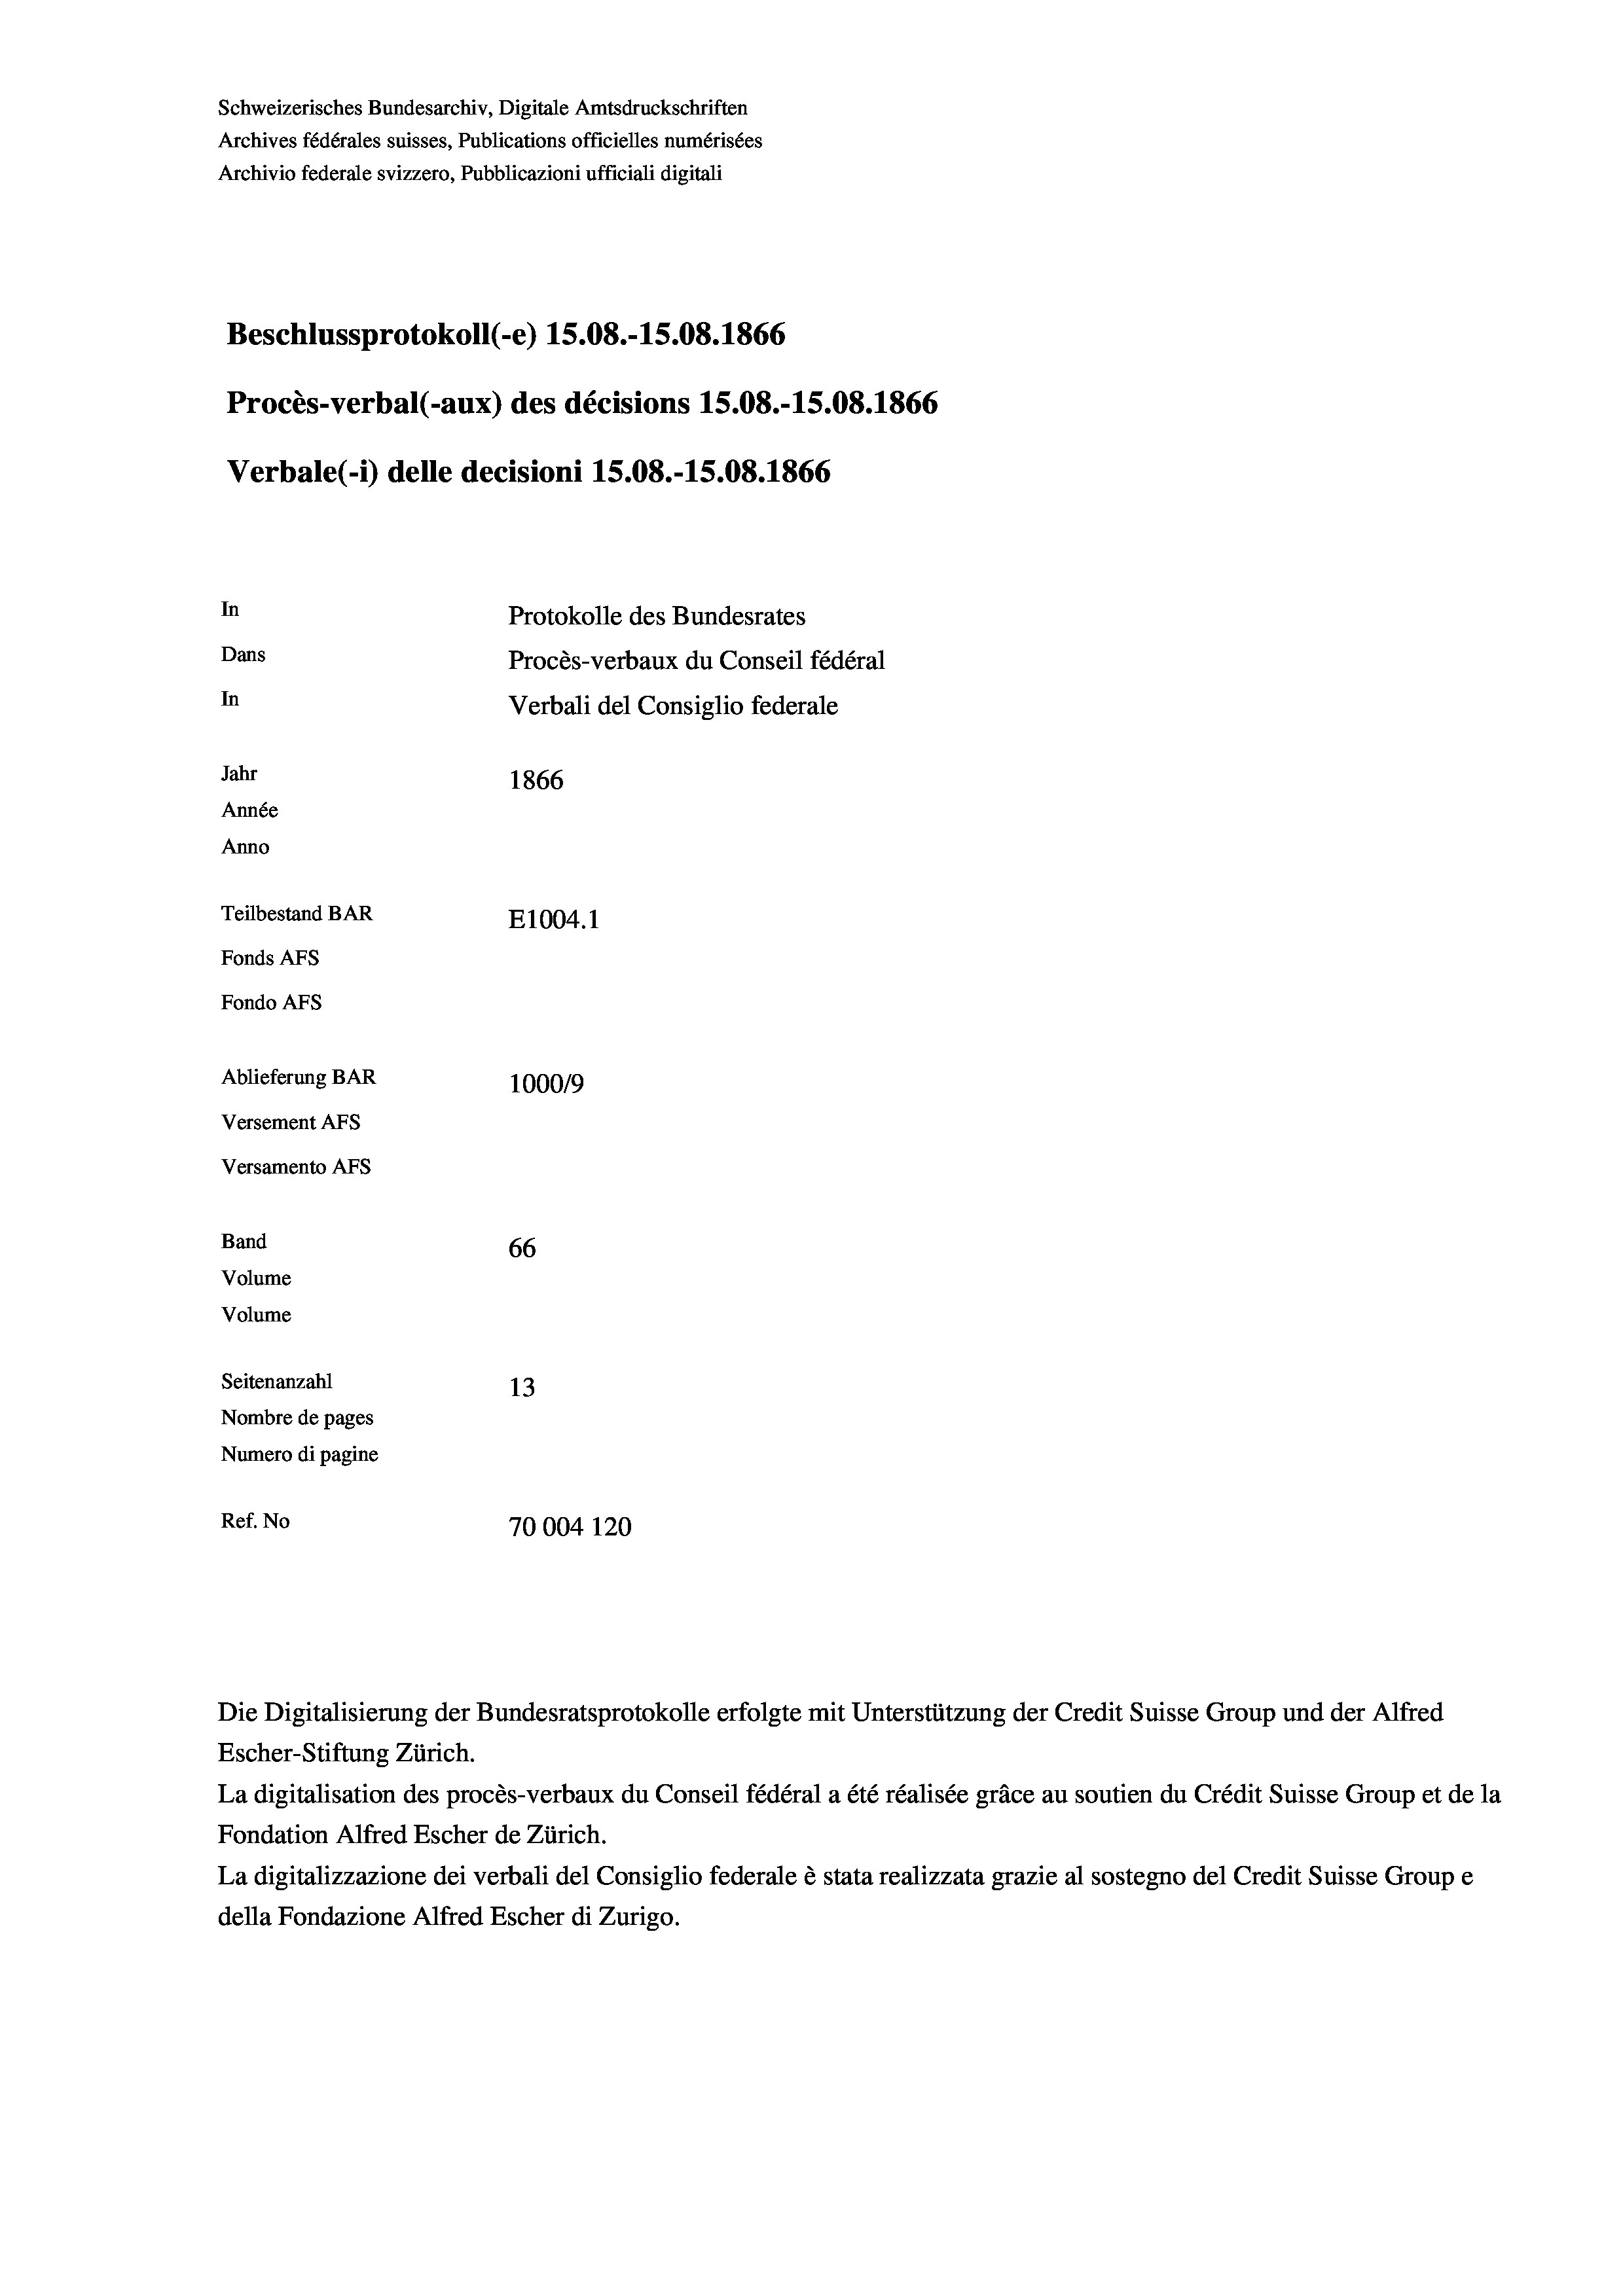
Schweizerisches Bundesarchiv, Digitale Amtsdruckschriften
Archives fédérales suisses, Publications officielles numérisées
Archivio federale svizzero, Pubblicazioni ufficiali digitali
Beschlussprotokoll (-e) 15.08.-15.08. 1866
Procès-verbal (-aux) des décisions 15.08.-15.08. 1866
Verbale (i) delle decisioni 15.08.-15.08. 1866
In
Protokolle des Bundesrates
Dans
Procès-verbaux du Conseil fédéral
In
Verbali del Consiglio federale
Jahr
1866
Année
Anno
Teilbestand BAR
E1004. 1
Fonds AFs
Fondo Afs
Ablieferung BAR
1000/9
Versement AFs
Versamento Afs
Band
66
Volume
Volume
Seitenanzahl
13
Nombre de pages
Numero di pagine
Ref. No
70004 120

Die Digitalisierung der Bundesratsprotokolle erfolgte mit Unterstützung der Credit Suisse Group und der Alfred
Escher-Stiftung Zürich.

La digitalisation des procès-verbaux du Conseil fédéral a été réalisée gräce au soutien du Crédit Suisse Group et de la
Fondation Alfred Escher de Zürich.
La digitalizzazione dei verbali del Consiglio federale è stata realizzata grazie al sostegno del Credit Suisse Groupe
della Fondazione Alfred Escher di Zurigo.